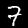
Digit: 7